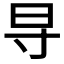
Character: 𬁟